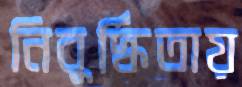
নিবুর্দ্ধিতায়